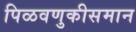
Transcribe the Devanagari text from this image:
पिळवणुकीसमान